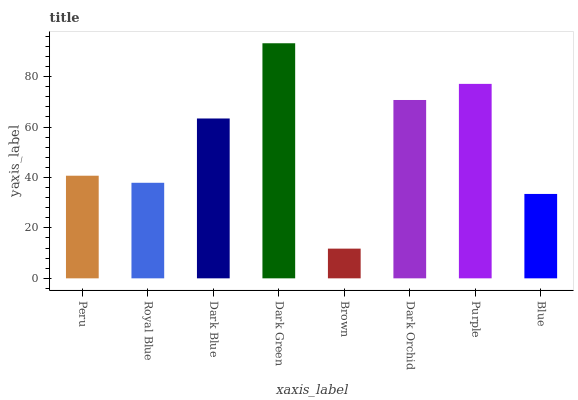
| xaxis_label | bars |
 | --- | --- |
 | Peru | 40.7 |
 | Royal Blue | 37.9 |
 | Dark Blue | 63.4 |
 | Dark Green | 93.2 |
 | Brown | 11.8 |
 | Dark Orchid | 70.7 |
 | Purple | 77.1 |
 | Blue | 33.5 |